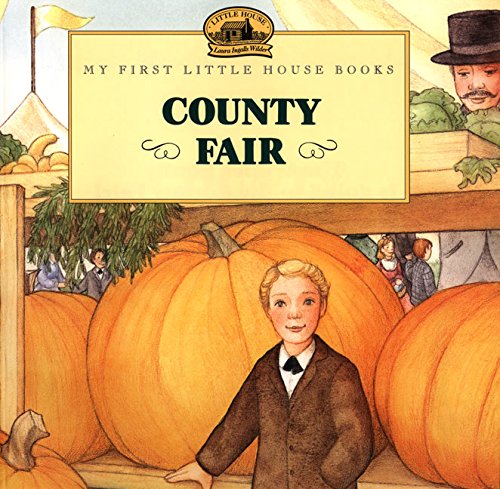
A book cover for County Fair (My First Little House); Laura Ingalls Wilder; Children's Books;